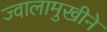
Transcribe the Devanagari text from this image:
ज्वालामुखीने